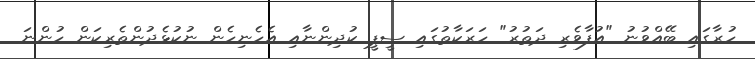
ހުރާގައި ބޭއްވުނު "އުފާވެރި ދަތުރު" ހަރަކާތުގައި ސީޕީ ކުދިންނާއި އެހެނިހެން ނުކުޅެދުންތެރިކަން ހުންނަ